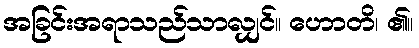
အခြင်းအရာသည်သာလျှင်။ ဟောတိ၊ ၏။